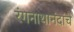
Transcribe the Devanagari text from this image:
रंगनाथानंदांचे